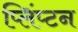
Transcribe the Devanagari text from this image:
प्लिंप्टन